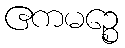
ဧကမဉ္စေ